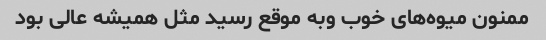
ممنون میوه‌های خوب وبه موقع رسید مثل همیشه عالی بود